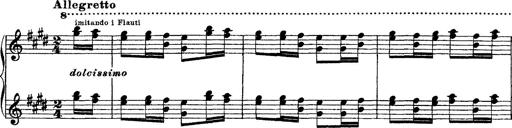
Title: Ã‰tudes d'exÃ©cution transcendante d'aprÃ¨s Paganini
Composer: Franz Liszt